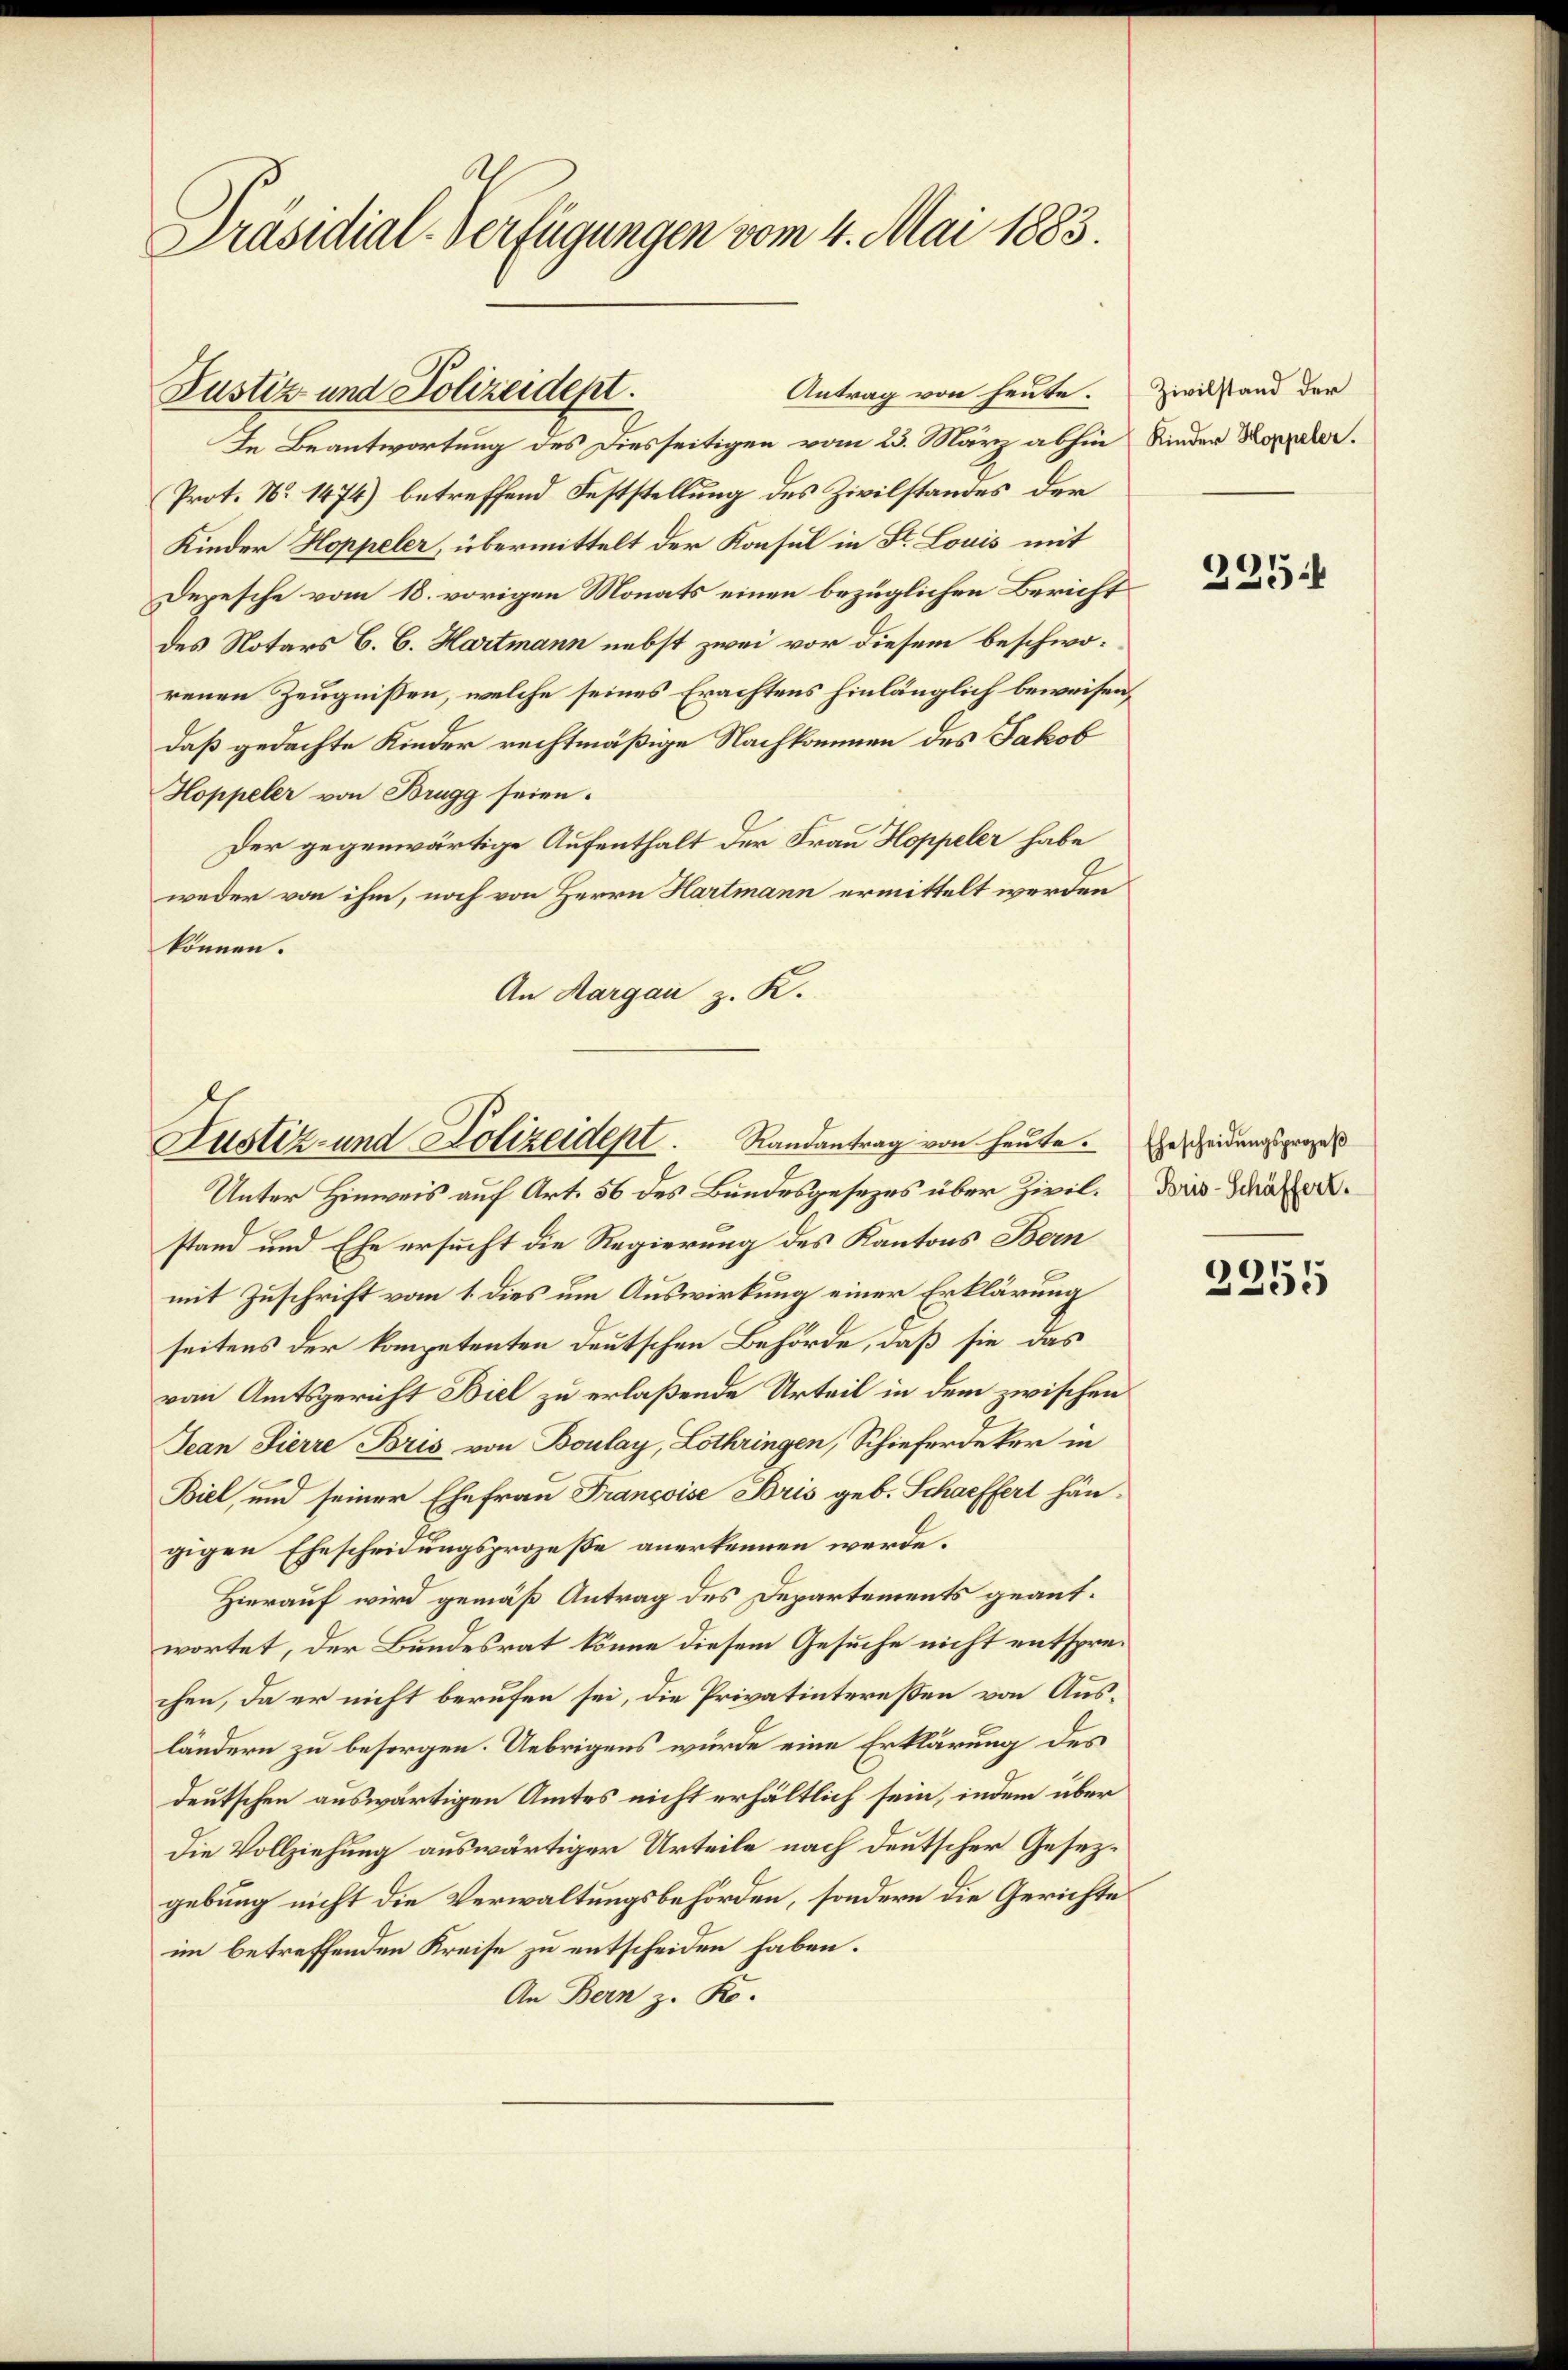
Präsidial-Verfügungen vom 4. Mai 1883.

In Beantwortung des Diesseitigen vom 23. März abhin Kinder Koppeler.
Prot. No 1474) betreffend Feststellung des Zivilstandes der
Kinder Hoppeler, übermittelt der Konsul in St. Louis mit
Depesche vom 18. vorigen Monats einen bezüglichen Bericht
des Notars B. C. Hartmann nebst zwei vor diesem beschworenen Zeugnissen, welche seines Erachtens hinlänglich beweisendaß gedachte Kinder rechtmäßige Nachkommen des Jakob
Hoppeler von Brugg seien.
Der gegenwärtige Aufenthalt der Frau Hoppeler habe
weder von ihm, noch von Herrn Hartmann ermittelt werden
können.
An Margau z. K.

Antrag von heute.
Justiz und Polizeidept.

Justiz- und Polizeident. Randantrag von heute. Gescheidungsperges

Zivilstand der

Unter Hinweis auf Art. 56 des Bundesgesezes über Zivilstand und Ehe ersucht die Regierung des Kantons Bern
mit Zuschrift vom 1. dies um Auswirkung einer Erklärung
seitens der kompetenten deutschen Behörde, daß sie das
von Amtsgericht Biel zu erlaßende Urteil in dem zwischen
Jean Pierre Bris von Boulay, Lothringen, Schieferdeker in
Biel, und seiner Ehefrau Francoise Bris geb. Schaffert hängigen Ehescheidungsprozeße anerkennen werde.
Hierauf wird gemäß Antrag des Departements geantwortet, der Bundesrat könne diesem Gesuche nicht entsprechen, da er nicht berufen sei, die Privatintereßen von Ausländern zu besorgen. Uebrigens wurde eine Erklärung des
deutschen auswärtigen Amtes nicht erhältlich sein, indem über
Die Vollziehung auswärtiger Urteile nach deutscher Gesezgebung nicht die Verwaltungsbehörden, sondern die Gerichte
im betreffenden Kreise zu entscheiden haben.
An Bern z. Ro.

225

Bris-Schäffert.

2255